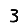
Digit: 3